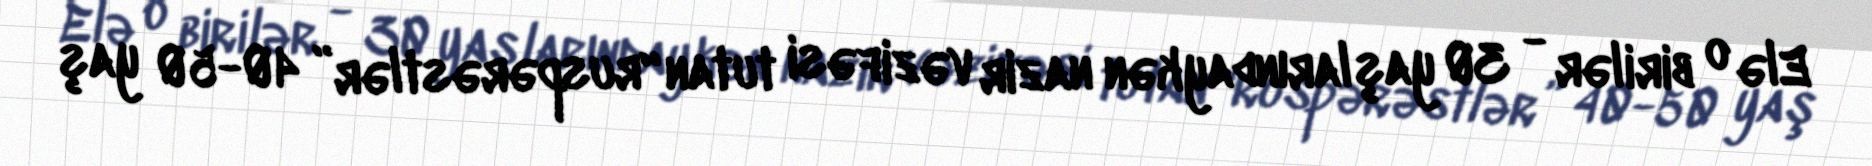
Elə o birilər - 30 yaşlarındaykən nazir vəzifəsi tutan “ruspərəstlər” 40-50 yaş